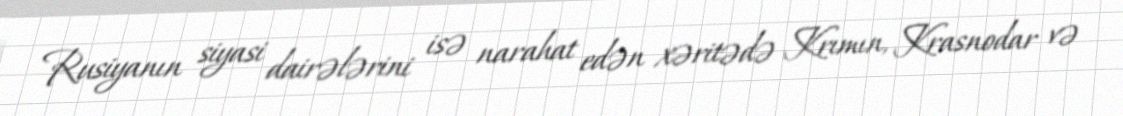
Rusiyanın siyasi dairələrini isə narahat edən xəritədə Krımın, Krasnodar və